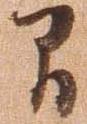
間